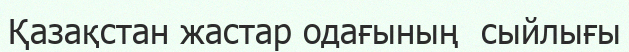
Қазақстан жастар одағының  сыйлығы